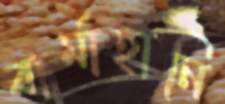
বার্মাহানি